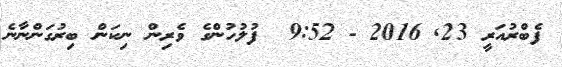
ފެބްރުއަރީ 23